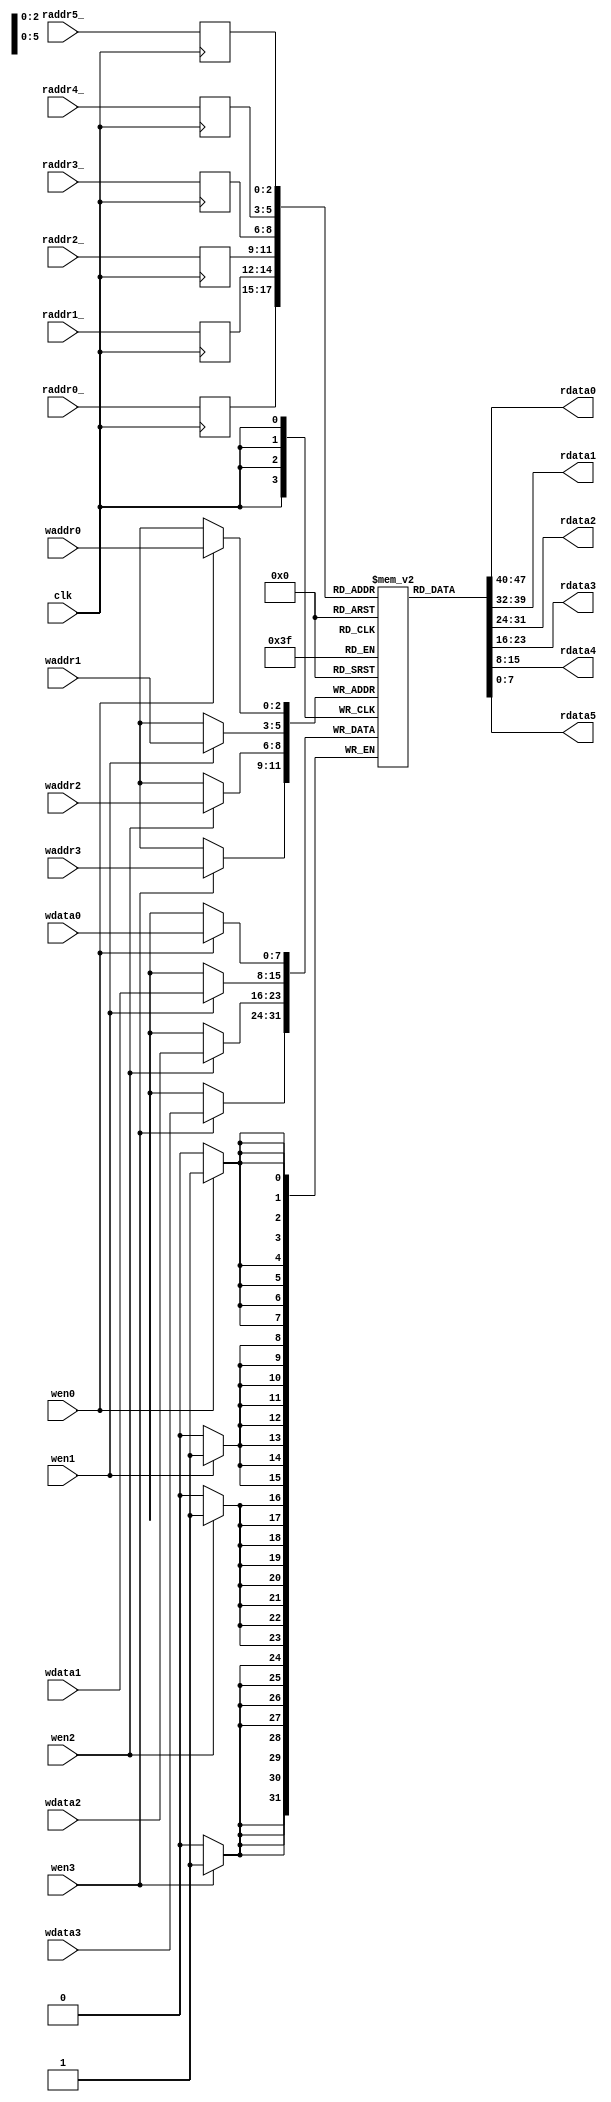
`timescale 1ps/1ps

module regs(input clk,
    input [2:0]raddr0_, output [7:0]rdata0,
    input [2:0]raddr1_, output [7:0]rdata1,
    input [2:0]raddr2_, output [7:0]rdata2,
    input [2:0]raddr3_, output [7:0]rdata3,
    input [2:0]raddr4_, output [7:0]rdata4,
    input [2:0]raddr5_, output [7:0]rdata5,
    input wen0, input wen1, input wen2, input wen3, 
    input [2:0]waddr0, input [7:0]wdata0,
    input [2:0] waddr1, input [7:0] wdata1,
    input [2:0]waddr2, input [7:0]wdata2,
    input [2:0] waddr3, input [7:0] wdata3);

    reg [7:0]data[0:7];

    reg [3:0]raddr0;
    reg [3:0]raddr1;
    reg [3:0]raddr2;
    reg [3:0]raddr3;
    reg [3:0]raddr4;
    reg [3:0]raddr5;

    assign rdata0 = data[raddr0];
    assign rdata1 = data[raddr1];
    assign rdata2 = data[raddr2];
    assign rdata3 = data[raddr3];
    assign rdata4 = data[raddr4];
    assign rdata5 = data[raddr5];

    wire[7:0] reg0=data[0];
    wire[7:0] reg1=data[1];
    wire[7:0] reg2=data[2];
    wire[7:0] reg3=data[3];
    wire[7:0] reg4=data[4];
    wire[7:0] reg5=data[5];
    wire[7:0] reg6=data[6];
    wire[7:0] reg7=data[7];

    always @(posedge clk) begin
        raddr0 <= raddr0_;
        raddr1 <= raddr1_;
        raddr2 <= raddr2_;
        raddr3 <= raddr3_;
        raddr4 <= raddr4_;
        raddr5 <= raddr5_;
        if (wen0) begin
            data[waddr0] <= wdata0;
        end
        if (wen1) begin
            data[waddr1] <= wdata1;
        end
        if (wen2) begin
            data[waddr2] <= wdata2;
        end
        if (wen3) begin
            data[waddr3] <= wdata3;
        end
    end

endmodule